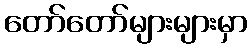
တော်တော်များများမှာ